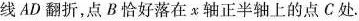
线AD翻折，点B恰好落在x轴正半轴上的点C处.